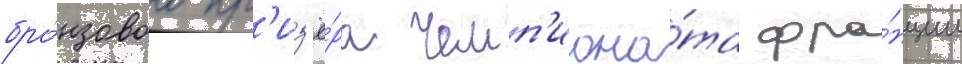
бро́нзового пр'из'ё́ра чемп'иона́та фра́нции